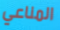
المناعي